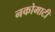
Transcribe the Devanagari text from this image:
नकोमाटी